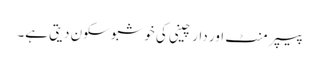
پیپر منٹ اور دار چینی کی خوشبو سکون دیتی ہے۔